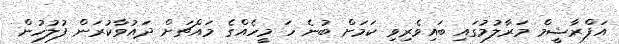
އަފްރާޝީމް މަރާލުމުގައި ބައިވެރިވި ކަމަށް ބުނެ ހަ މީހެއްގެ މައްޗަށް ދައުވާކުރަން ފުލުހުން